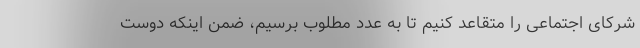
شرکای اجتماعی را متقاعد کنیم تا به عدد مطلوب برسیم، ضمن اینکه دوست